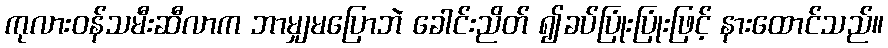
ကုလားဝန်သမီးဆီလာက ဘာမျှမပြောဘဲ ခေါင်းညိတ် ၍ခပ်ပြုံးပြုံးဖြင့် နားထောင်သည်။